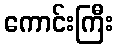
ကောင်းကြီး